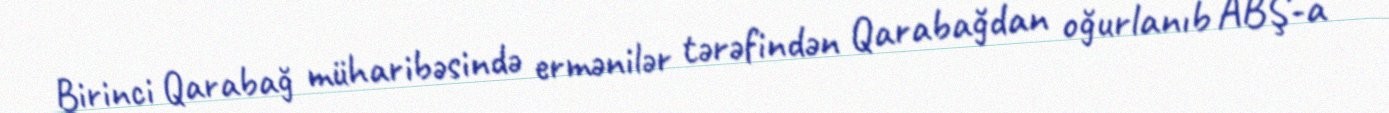
Birinci Qarabağ müharibəsində ermənilər tərəfindən Qarabağdan oğurlanıb ABŞ-a